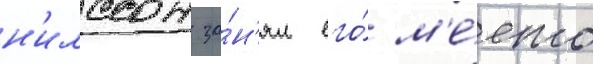
н'илссон за́н'ял его́ м'е́сто